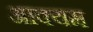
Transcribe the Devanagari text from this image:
आक्यम